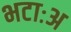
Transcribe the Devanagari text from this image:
भटाःअ